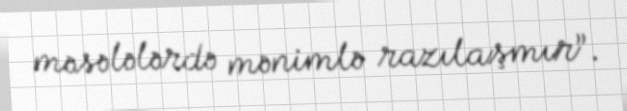
məsələlərdə mənimlə razılaşmır”.